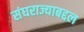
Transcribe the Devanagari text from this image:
संघराज्याबद्दल